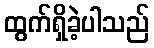
ထွက်ရှိခဲ့ပါသည်